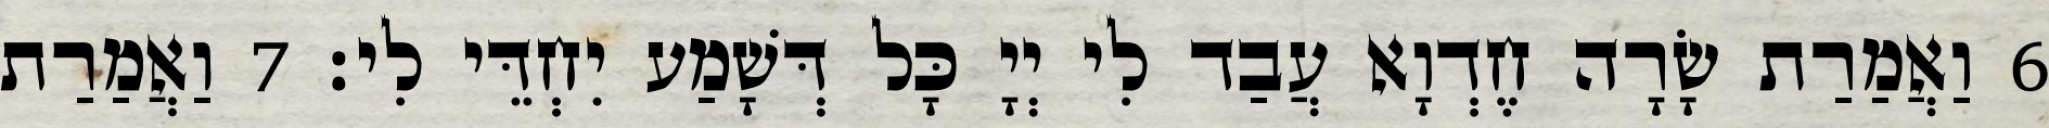
6 וַאֲמַרַת שָׂרָה חֶדְוָא עֲבַד לִי יְיָ כָּל דְּשָׁמַע יִחְדֵּי לִי׃ 7 וַאֲמַרַת